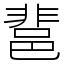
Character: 𨛬